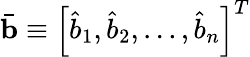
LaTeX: \bar{\mathbf{b}}\equiv{\left[\hat{b}_{1},\hat{b}_{2},...,\hat{b}_{n}\right]^{T}}